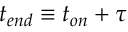
\begin{array} { r } { t _ { e n d } \equiv t _ { o n } + \tau } \end{array}